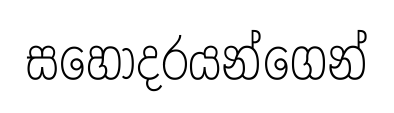
සහෝදරයන්ගෙන්